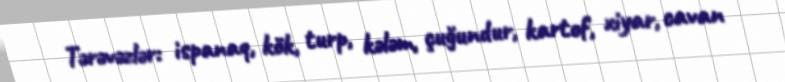
Tərəvəzlər: ispanaq, kök, turp, kələm, çuğundur, kartof, xiyar, cavan